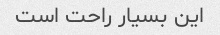
این بسیار راحت است